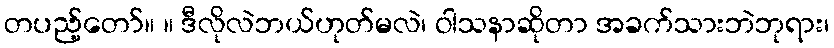
တပည့်တော်။ ။ ဒီလိုလဲဘယ်ဟုတ်မလဲ၊ ဝါသနာဆိုတာ အခက်သားဘဲဘုရား၊